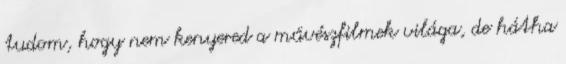
tudom, hogy nem kenyered a művészfilmek világa, de hátha